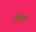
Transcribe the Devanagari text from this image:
छत्रीही